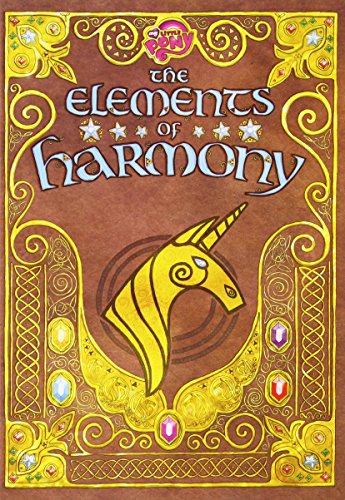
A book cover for The Elements of Harmony: Friendship is Magic (My Little Pony); Brandon T. Snider; Teen & Young Adult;